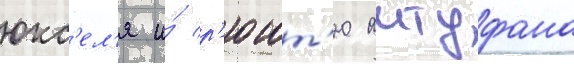
юкс'ел'я и́ р'юшт'ю аитуфана